Report on sanitation, dispensaries, and jails in Rajputana for 1910, and on vaccination for the year 1910-1911 - 1910-1911
Year: 1910
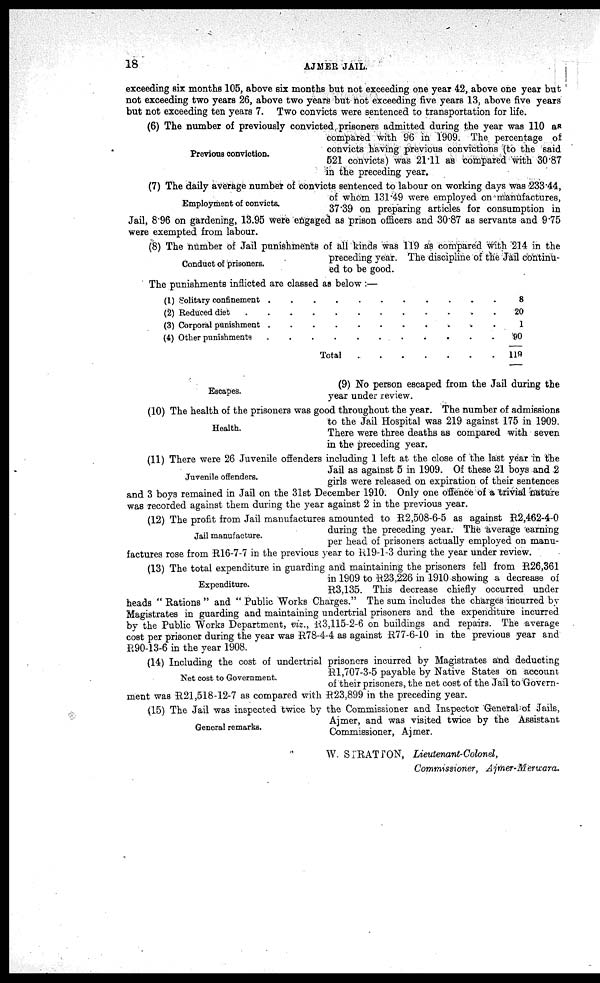
18
AJMER JAIL.
exceeding six months 105, above six months but not exceeding one year 42, above one year but
not exceeding two years 26, above two years but not exceeding five years 13, above five years
but not exceeding ten years 7. Two convicts were sentenced to transportation for life.
Previous conviction.
(6) The number of previously convicted prisoners admitted during the year was 110 as
compared with 96 in 1909. The percentage of
convicts having previous convictions (to the said
521 convicts) was 21.11 as compared with 30.87
in the preceding year.
Employment of convicts.
(7) The daily average number of convicts sentenced to labour on working days was 233.44,
of whom 131.49 were employed on manufactures,
37.39 on preparing articles for consumption in
Jail, 8.96 on gardening, 13.95 were engaged as prison officers and 30.87 as servants and 9.75
were exempted from labour.
Conduct of prisoners.
(8) The number of Jail punishments of all kinds was 119 as compared with 214 in the
preceding year. The discipline of the Jail continu-
ed to be good.
The punishments inflicted are classed as below :—
(1) Solitary confinement . . . . . . . . . . .
(2)Reduced diet . . . . . . . . . . .
(3) Corporal punishment . . . . . . . . . . .
(4) Other punishment . . . . . . . . . . .
8
20
1
90
119
Escapes.
(9) No person escaped from the Jail during the
year under review.
Health.
(10) The health of the prisoners was good throughout the year. The number of admissions
to the Jail Hospital was 219 against 175 in 1909.
There were three deaths as compared with seven
in the preceding year.
Juvenile offenders.
(11) There were 26 Juvenile offenders including 1 left at the close of the last year in the
Jail as against 5 in 1909. Of these 21 boys and 2
girls were released on expiration of their sentences
and 3 boys remained in Jail on the 31st December 1910. Only one offence of a trivial nature
was recorded against them during the year against 2 in the previous year.
Jail manufacture.
(12) The profit from Jail manufactures amounted to R2,508-6-5 as against R2,462-4-0
during the preceding year. The average earning
per head of prisoners actually employed on manu-
factures rose from R16-7-7 in the previous year to R19-1-3 during the year under review.
Expenditure.
(13) The total expenditure in guarding and maintaining the prisoners fell from R26,361
in 1909 to R23,226 in 1910 showing a decrease of
R3,135. This decrease chiefly occurred under
heads " Rations " and " Public Works Charges." The sum includes the charges incurred by
Magistrates in guarding and maintaining undertrial prisoners and the expenditure incurred
by the Public Works Department, viz., R3,115-2-6 on buildings and repairs. The average
cost per prisoner during the year was R78-4-4 as against R77-6-10 in the previous year and
R90-13-6 in the year 1908.
Net cost to Government.
(14) Including the cost of undertrial prisoners incurred by Magistrates and deducting
R1,707-3-5 payable by Native States on account
of their prisoners, the net cost of the Jail to Govern-
ment was R21,518-12-7 as compared with R23,899 in the preceding year.
General remarks.
(15) The Jail was inspected twice by the Commissioner and Inspector General of Jails,
Ajmer, and was visited twice by the Assistant
Commissioner, Ajmer.
W. STRATTON, Lieutenant-Colonel,
Commissioner, Ajmer-Merwara.